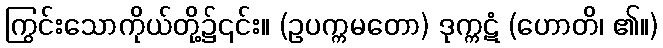
ကြွင်းသောကိုယ်တို့၌၎င်း။ (ဥပက္ကမတော) ဒုက္ကဋံ (ဟောတိ၊ ၏။)